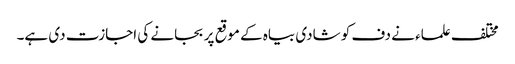
مختلف علماء نے دف کو شادی بیاہ کے موقع پر بجانے کی اجازت دی ہے۔